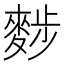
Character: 𪌷